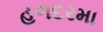
હળદરમા